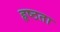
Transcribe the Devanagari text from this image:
हृष्ठता